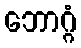
ဘောဂ္ဂံ